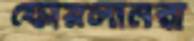
ফোরলানরা